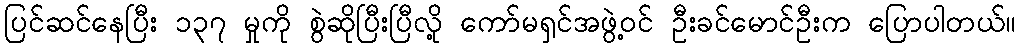
ပြင်ဆင်နေပြီး ၁၃၇ မှုကို စွဲဆိုပြီးပြီလို့ ကော်မရှင်အဖွဲ့ဝင် ဦးခင်မောင်ဦးက ပြောပါတယ်။